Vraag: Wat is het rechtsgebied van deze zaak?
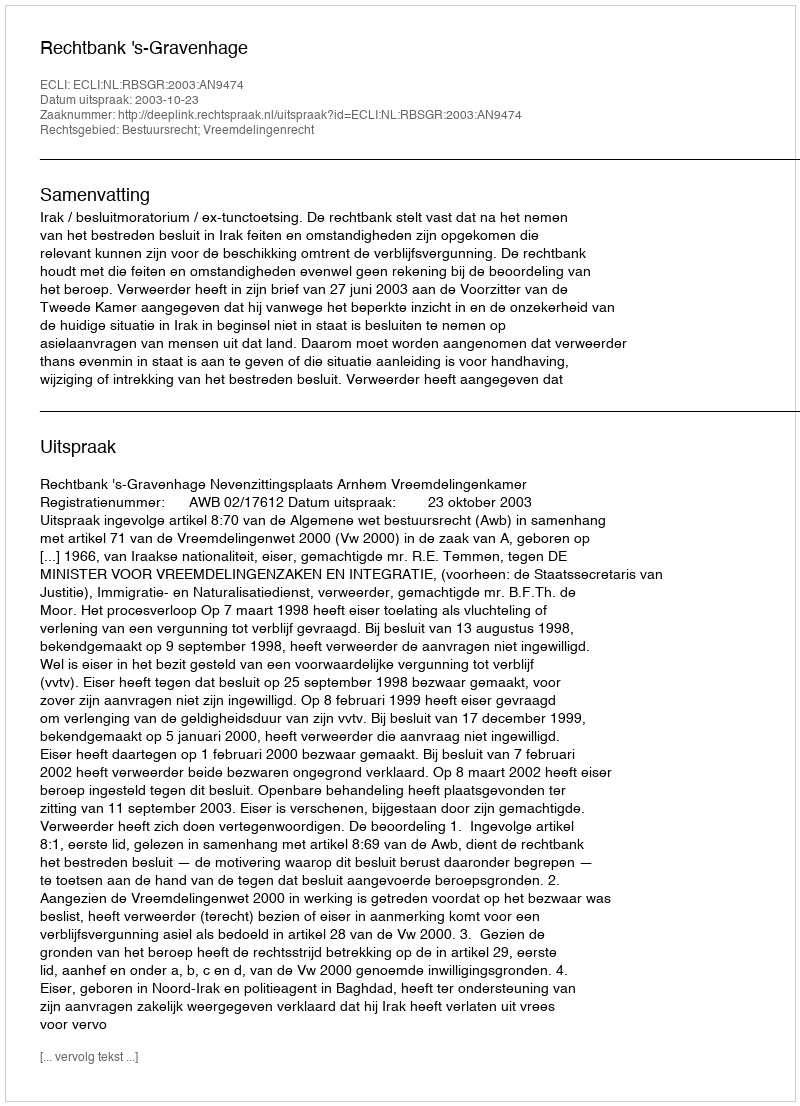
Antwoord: Bestuursrecht; Vreemdelingenrecht